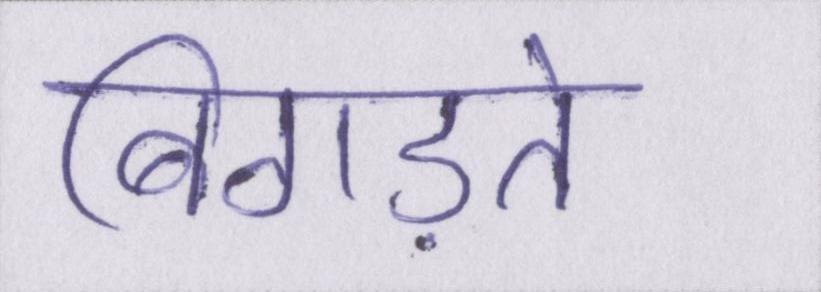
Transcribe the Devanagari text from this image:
बिगड़ते